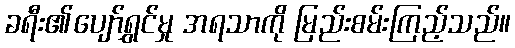
ခရီး၏ပျော်ရွှင်မှု အရသာကို မြည်းစမ်းကြည့်သည်။